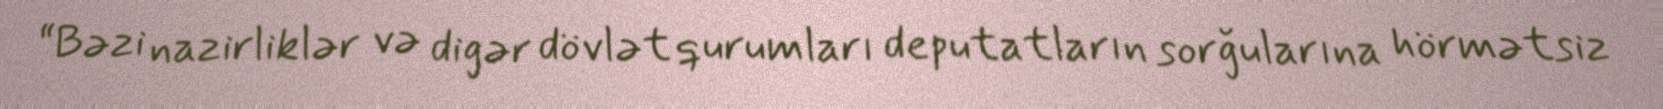
“Bəzi nazirliklər və digər dövlət qurumları deputatların sorğularına hörmətsiz